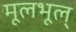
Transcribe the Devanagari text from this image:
मूलभूल्